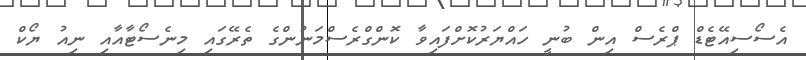
އެސޯސިއޭޓެޑް ޕްރެސް އިން ބުނީ ހައްޔަރުކޮށްފައިވާ ކޮންގްރެސްމަނުންގެ ތެރޭގައި މިނެސޯޓާއާއި ނިއު ޔޯކް